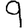
Digit: 9